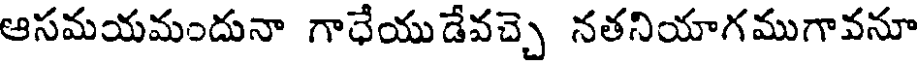
ఆసమయమందునా గాధేయుడేవచ్చె నతనియాగముగావనూ